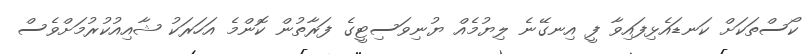
ކޯސްތަކަށް ކަނޑައެޅިފައިވާ ފީ އިނގޭނެ ލިޔުމެއް ޔުނިވަސިޓީގެ ފަރާތުން ކޮންމެ އަހަރަކު ޝާއިއުކުރުމަށްވެސް